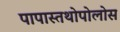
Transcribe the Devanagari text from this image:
पापास्तथोपोलोस